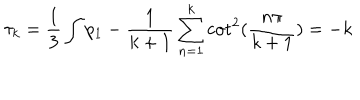
\tau _ { k } = \frac { 1 } { 3 } \int p _ { 1 } - \frac { 1 } { k + 1 } \sum _ { n = 1 } ^ { k } \cot ^ { 2 } ( \frac { n \pi } { k + 1 } ) = - k